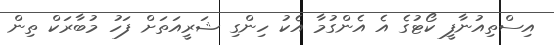
އިސްތިއުނާފީ ކޯޓުގެ އެ އެންގުމާ އެކު ހިންގި ޝަރީއަތަށް ފަހު މުބާރަކް ތިން